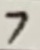
Text: 7